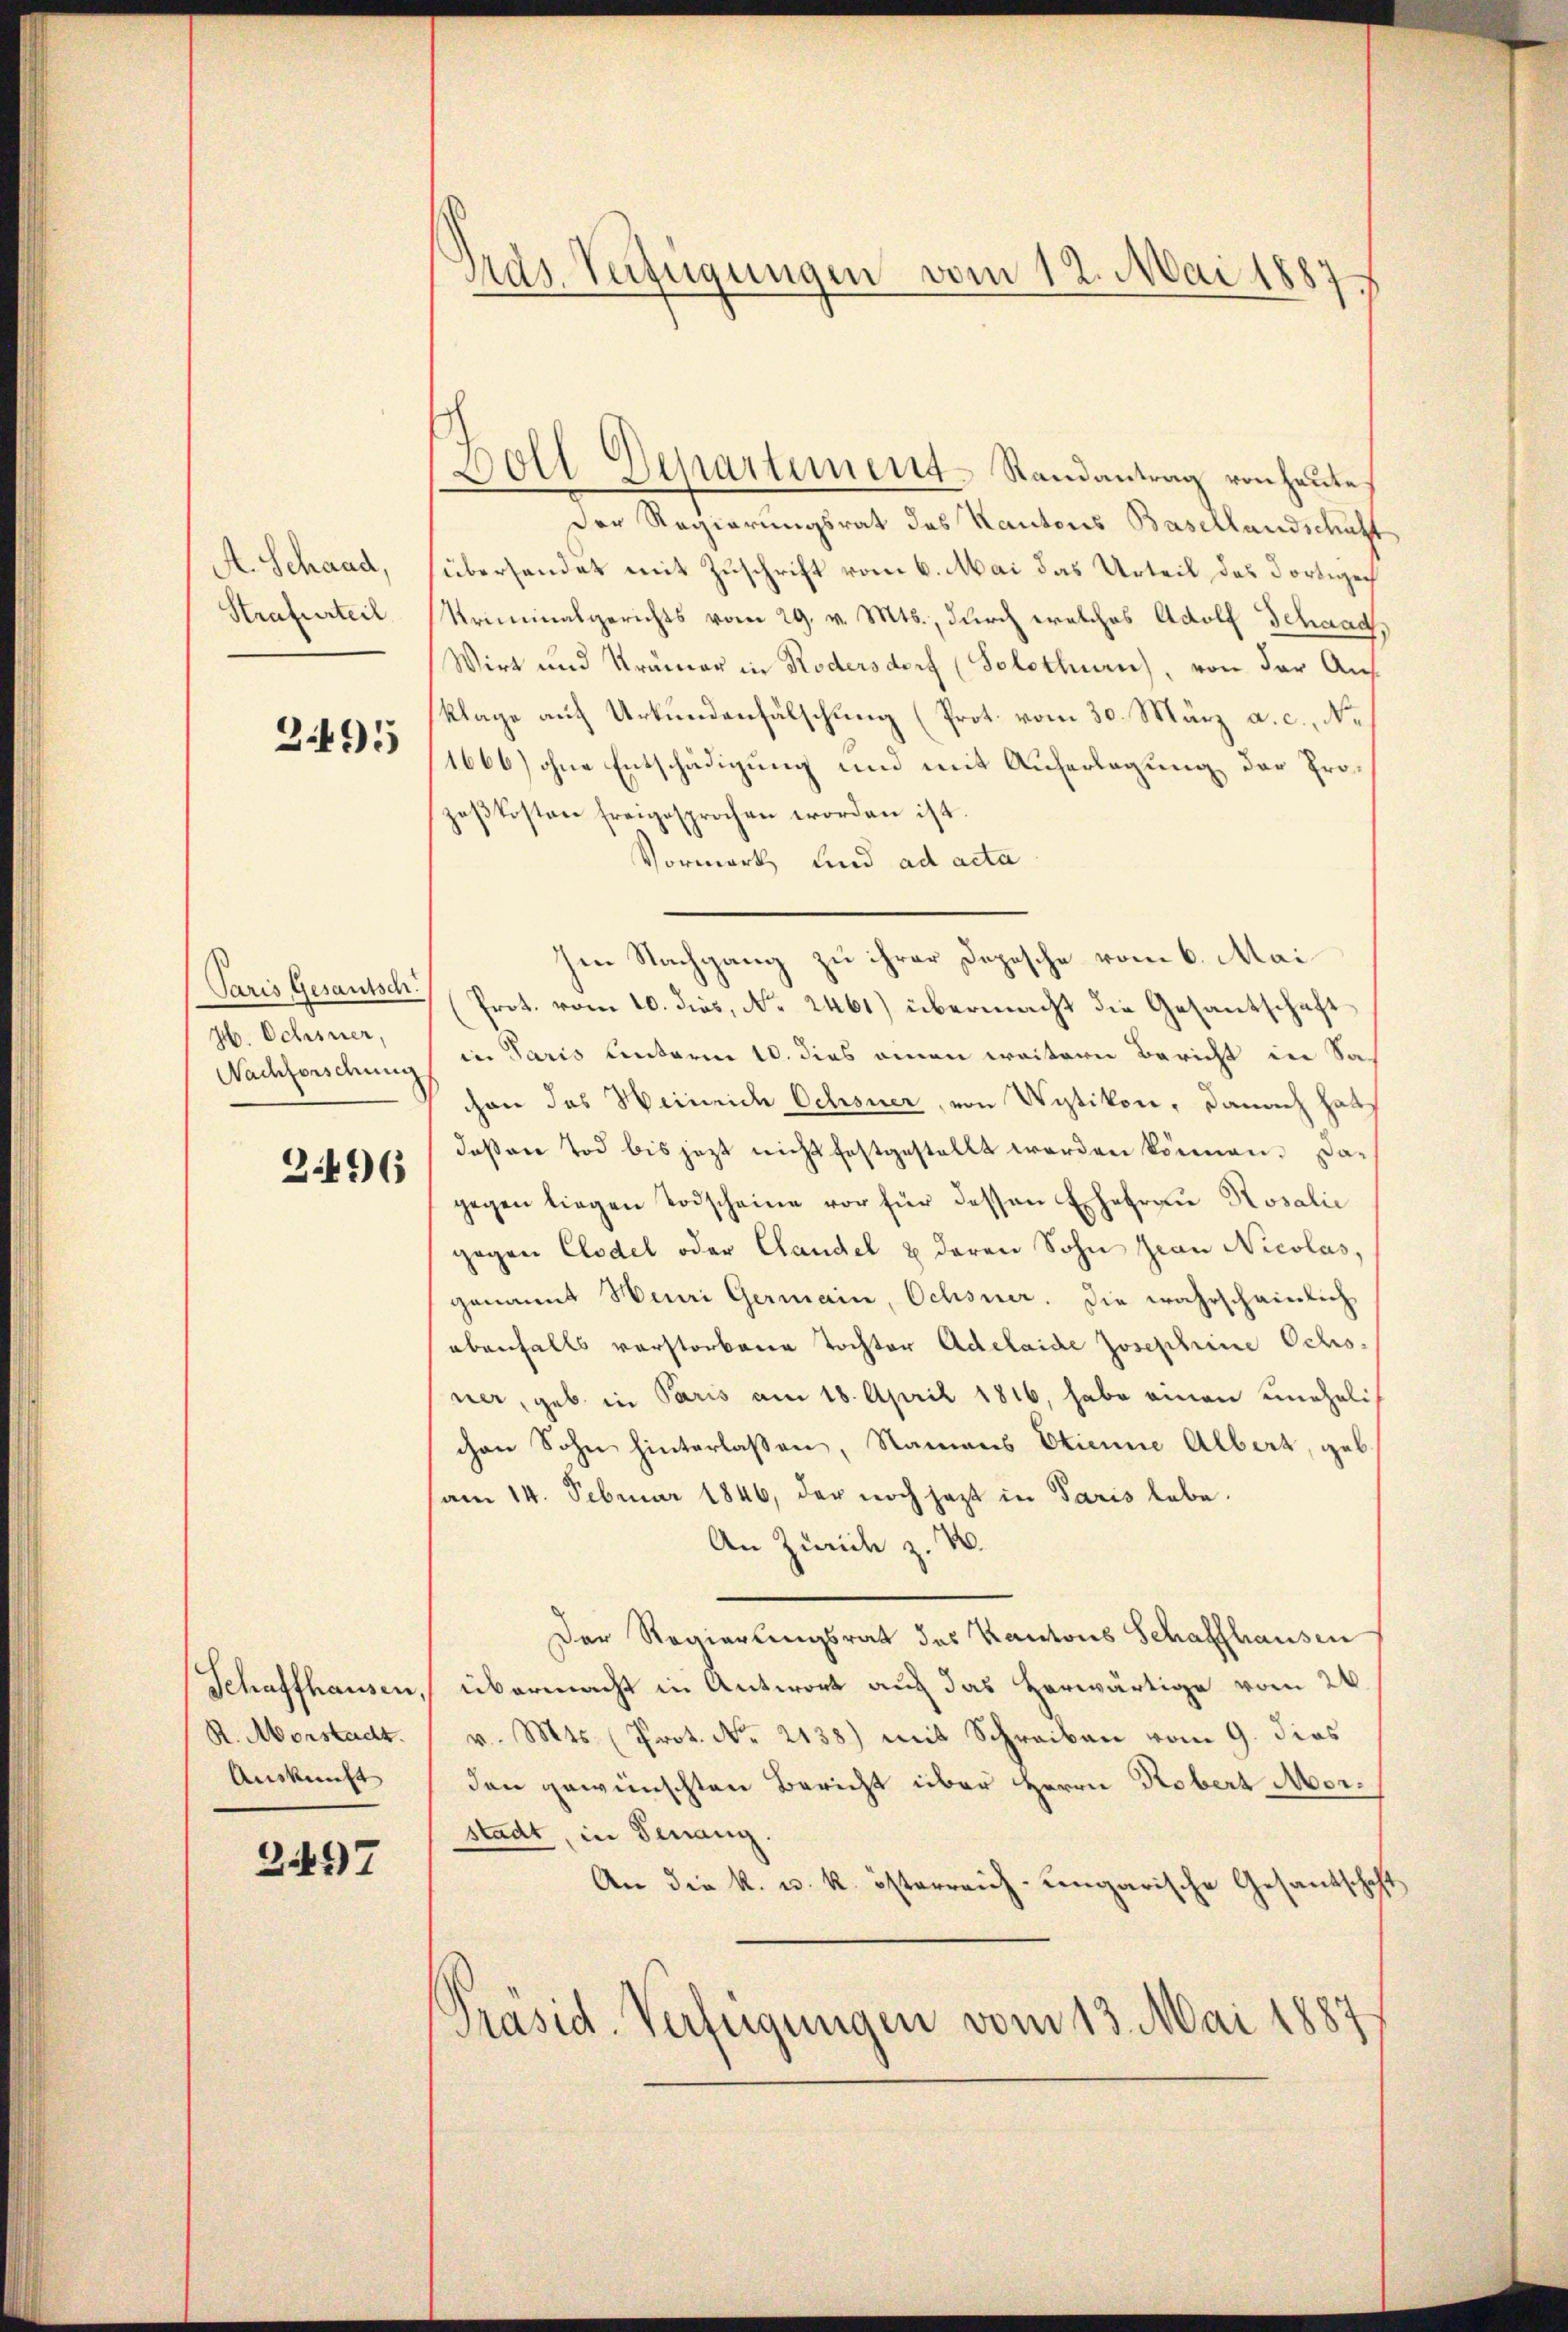
A. Schaad,
Strafurteil

3495

Paris Gesantsch.
Hb. Ochsner,
Nachforschung

2496

Schaffhausen.
R. Morstadt.
Auskunft

2497

Pras. Verfügungen vom 12. Mai 1887

Doll Departement-Randantrag von heute
Der Regierungsrat des Kantons Basellandschaft
überhandet mit Zuschrift vom 6. Mai das Urteil das dortigen
Kriminalgerichts vom 29. v. Mts., durch welches Adolf Schaad,
Wirt und Krämer in Rodersdorf (Solothurn), von der Ausklage auf Urkundenfälschung (Prot. vom 30. März a. c., No
1666) ohne Entschädigung und mit Auferlegung der Prozeßkosten freigesprochen worden ist.
Vormerk und ad acta
hen Nachgang zu ihrer Depesche vom 6. Mai
(Prot. vom 10. dies, No. 2461) übermacht die Gesantschaft
in Paris unterm 10. dies einen weitern Bericht in Sac
chon des Weineide Ochsner, von Wytikon, danach hat
deßen Tod bis jetzt nicht festgestellt worden können. Dagegen liegen Todscheine vor für dessen Ehefrau Rosalie
gegen Clodel oder Claudel & deren Sohn Jean Nicolas,
genannt Heuri Germain, Ochsner. Die wahrscheinlich
ebenfalls verstorbene Tochter Adelaide Josephine Ocho-
ner, geb. in Paris am 18. April 1816, habe einen uneheli
chen Sohn hinterlassen, Namens Etienne Albert, geb.
am 14. Februar 1846, der noch jezt in Paris lebe.
An Zürich z. 4.
Der Regierungsrat des Kantons Schaffhausen
übermacht in Antwort auf das herwärtige vom 24.
v. Mts. (Prot. No. 2138) mit Schreiben vom 9. dies
den gewünschten Bericht über Herrn Robert Morstadt, in Genang.
An die k. u. k. österreich-ungarische Gesandschaft
Präsid. Verfügungen vom 13. Mai 1887